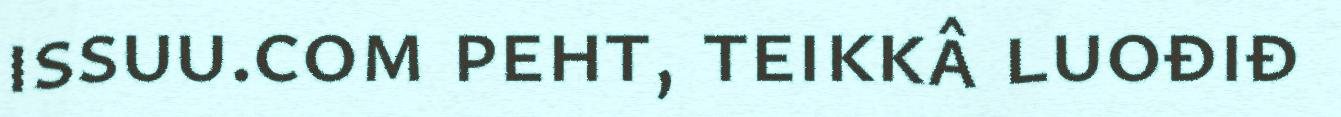
issuu.com peht, teikkâ luođiđ